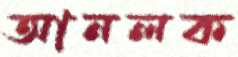
আনলক